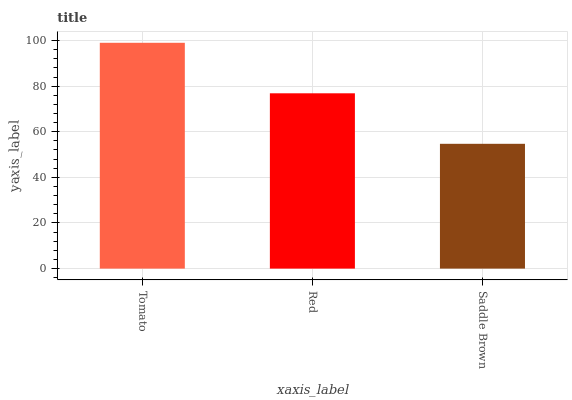
| xaxis_label | bars |
 | --- | --- |
 | Tomato | 99 |
 | Red | 76.9 |
 | Saddle Brown | 54.7 |